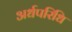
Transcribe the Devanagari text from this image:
अर्धपरिधि